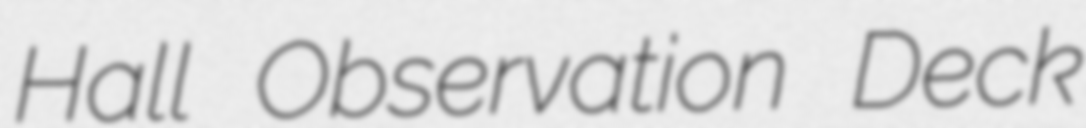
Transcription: Hall Observation Deck